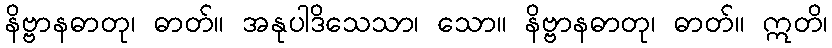
နိဗ္ဗာနဓာတု၊ ဓာတ်။ အနုပါဒိသေသာ၊ သော။ နိဗ္ဗာနဓာတု၊ ဓာတ်။ ဣတိ၊